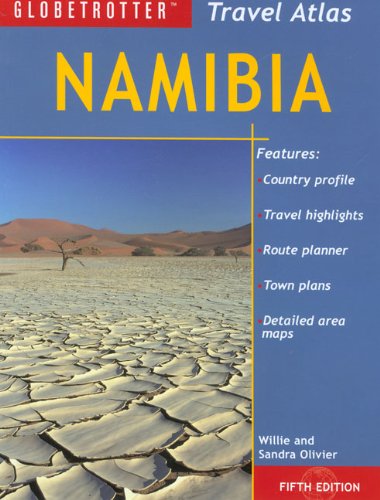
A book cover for Namibia Travel Atlas (Globetrotter Travel Atlas); Sandra Olivier; Travel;